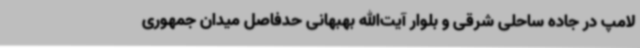
لامپ در جاده ساحلی شرقی و بلوار آیت‌الله بهبهانی حدفاصل میدان جمهوری